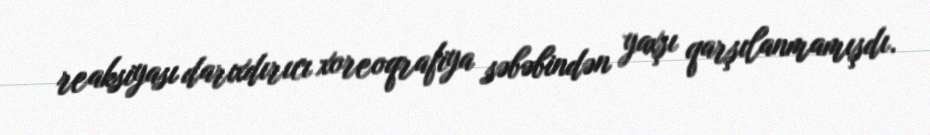
reaksiyası darıxdırıcı xoreoqrafiya səbəbindən yaxşı qarşılanmamışdı.